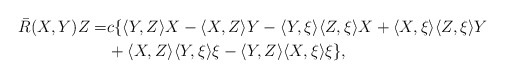
\begin{align*}\bar R(X,Y)Z=&c\{\langle Y, Z\rangle X-\langle X, Z\rangle Y-\langle Y,\xi\rangle\langle Z,\xi\rangle X+\langle X,\xi\rangle\langle Z,\xi\rangle Y\\ &+\langle X,Z\rangle\langle Y,\xi\rangle\xi-\langle Y,Z\rangle\langle X,\xi\rangle\xi\},\end{align*}